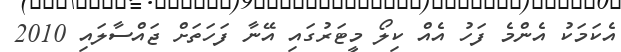
އެކަމަކު އެންމެ ފަހު އެއް ކިލޯ މީޓަރުގައި އޭނާ ފަހަތަށް ޖައްސާލައި 2010